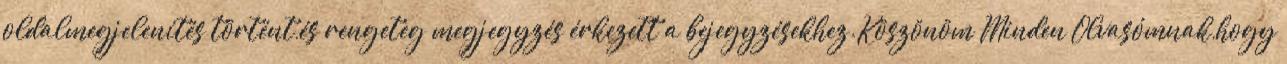
oldalmegjelenítés történt,és rengeteg megjegyzés érkezett a bejegyzésekhez.Köszönöm Minden Olvasómnak,hogy